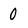
Character: 0